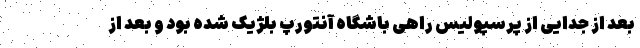
بعد از جدایی از پرسپولیس راهی باشگاه آنتورپ بلژیک شده بود و بعد از